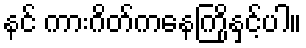
နင် ကားဂိတ်ကနေကြိုနှင့်ပါ။